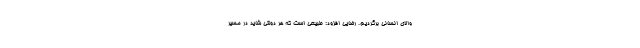
والای انسانی برگردیم. رضایی افزود: طبیعی است که هر دولتی شاید در مسیر